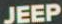
JEEP